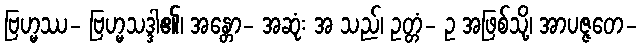
ဗြဟ္မဿ- ဗြဟ္မသဒ္ဒါ၏၊ အန္တော- အဆုံး အ သည်၊ ဥတ္တံ- ဥ အဖြစ်သို့၊ အာပဇ္ဇတေ-